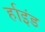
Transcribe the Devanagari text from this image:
र्हाइंड